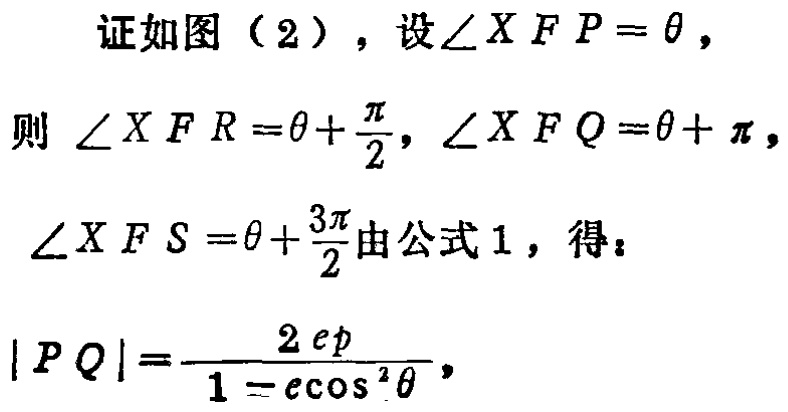
证如图（2），设\(\angle XFP = \theta\)，
则 \(\angle XFR=\theta+\frac{\pi}{2}, \angle XFQ=\theta+\pi\)，
\(\angle XFS=\theta+\frac{3\pi}{2}\)由公式1，得：
\(|PQ|=\frac{2ep}{1 - e\cos^{2}\theta}\)，